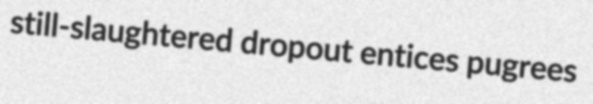
still-slaughtered dropout entices pugrees